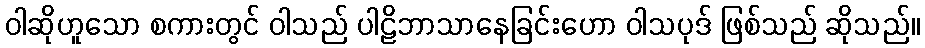
ဝါဆိုဟူသော စကားတွင် ဝါသည် ပါဠိဘာသာနေခြင်းဟော ဝါသပုဒ် ဖြစ်သည် ဆိုသည်။